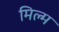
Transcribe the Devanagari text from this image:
मिल्म